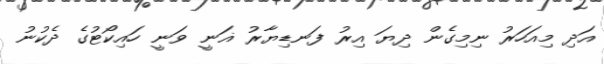
އަދި މިއަހަރު ނިމިގެން ދިޔަ އިރު ފަނޑިޔާރު ޣަނީ ވަނީ ހައިކޯޓުގެ ދެކުނު